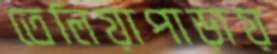
তেলিয়াপাড়ায়